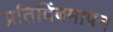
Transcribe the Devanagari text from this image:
प्रतिबिंबमापन